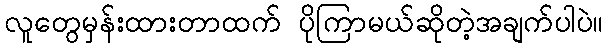
လူတွေမှန်းထားတာထက် ပိုကြာမယ်ဆိုတဲ့အချက်ပါပဲ။